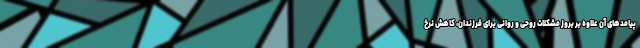
پیامدهای آن علاوه بر بروز مشکلات روحی و روانی برای فرزندان، کاهش نرخ